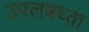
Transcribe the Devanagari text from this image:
उपलबध्ता